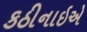
કઠીનાઇએ